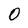
Character: 0